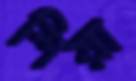
শিয়া